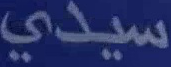
سيدى